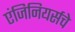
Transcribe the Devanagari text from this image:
एंजिनियर्सचे